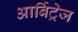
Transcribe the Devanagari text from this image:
आर्बिट्रेज